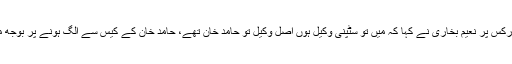
فاضل ججز کے ریمارکس پر نعیم بخاری نے کہا کہ میں تو سٹپنی وکیل ہوں اصل وکیل تو حامد خان تھے، حامد خان کے کیس سے الگ ہونے پر بوجھ میرے کندھوں پر آگیا۔